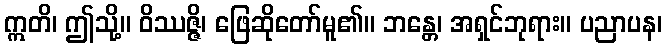
ဣတိ၊ ဤသို့။ ဝိဿဇ္ဇိ၊ ဖြေဆိုတော်မူ၏။ ဘန္တေ၊ အရှင်ဘုရား။ ပညာပန၊